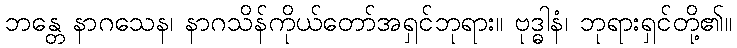
ဘန္တေ နာဂသေန၊ နာဂသိန်ကိုယ်တော်အရှင်ဘုရား။ ဗုဒ္ဓါနံ၊ ဘုရားရှင်တို့၏။